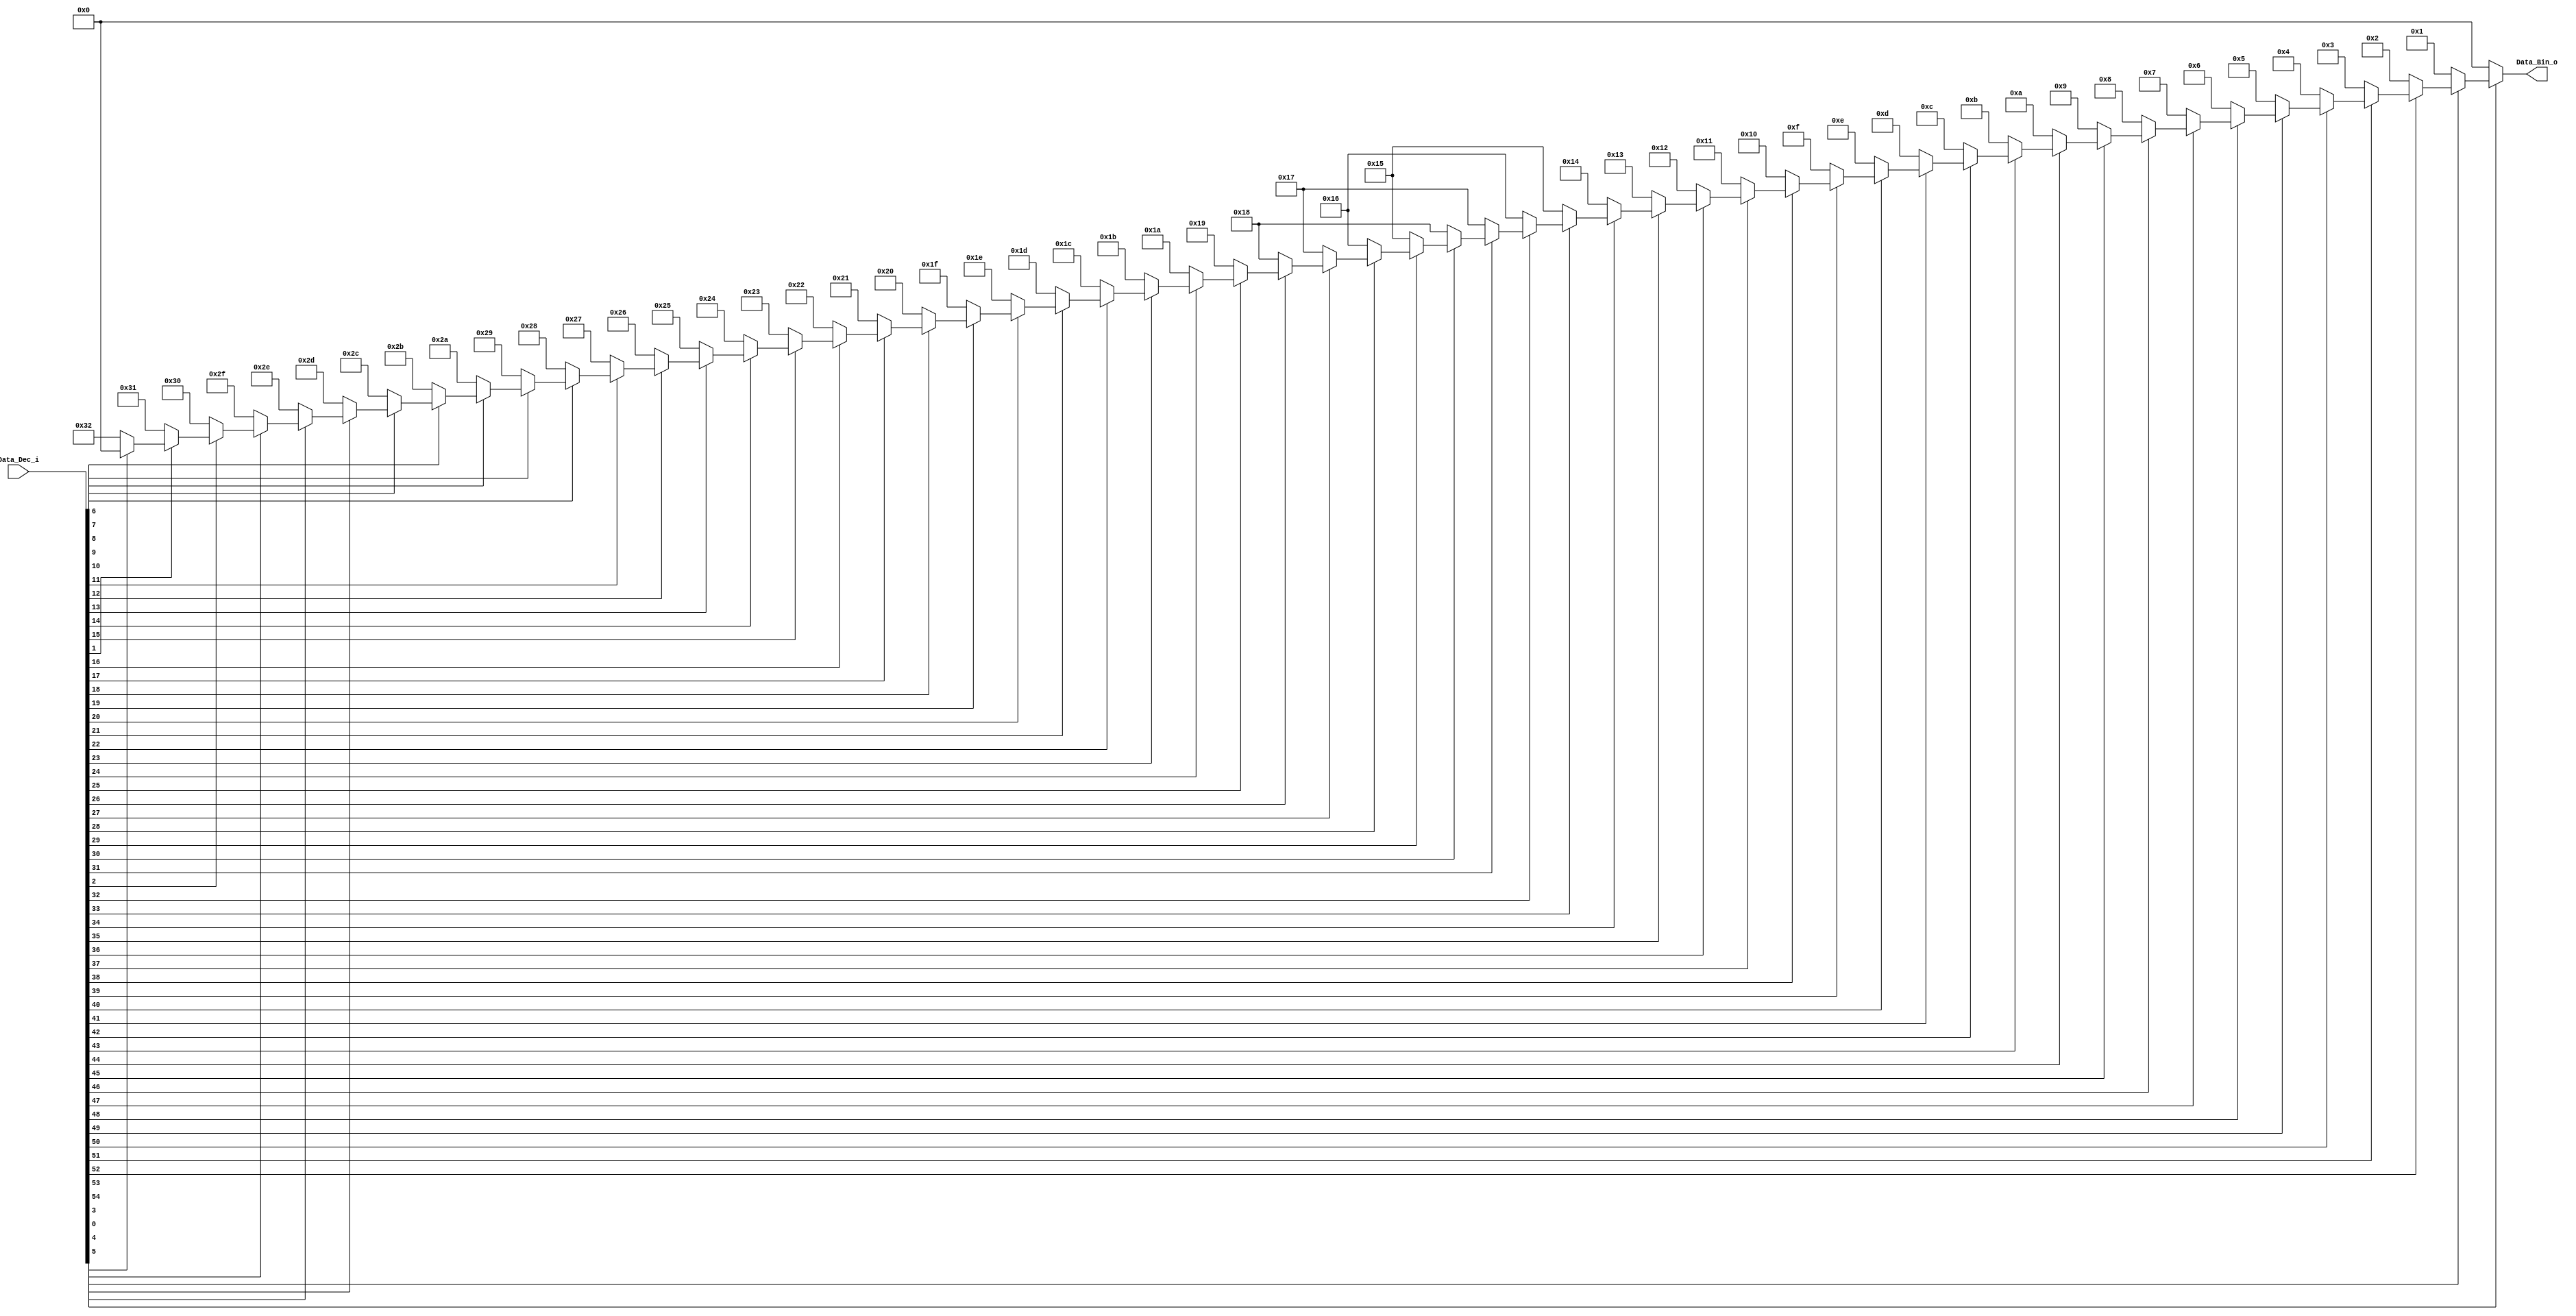
module Priority_Codec_64(
    input wire [54:0]  Data_Dec_i,
    output reg [5:0] Data_Bin_o
    );

always @(Data_Dec_i)
	begin
	Data_Bin_o=6'b000000;
		if(~Data_Dec_i[54]) begin Data_Bin_o = 6'b000000;//0
		end else if(~Data_Dec_i[53]) begin Data_Bin_o = 6'b000001;//1
		end else if(~Data_Dec_i[52]) begin Data_Bin_o = 6'b000010;//2
		end else if(~Data_Dec_i[51]) begin Data_Bin_o = 6'b000011;//3
		end else if(~Data_Dec_i[50]) begin Data_Bin_o = 6'b000100;//4
		end else if(~Data_Dec_i[49]) begin Data_Bin_o = 6'b000101;//5
		end else if(~Data_Dec_i[48]) begin Data_Bin_o = 6'b000110;//6
		end else if(~Data_Dec_i[47]) begin Data_Bin_o = 6'b000111;//7
		end else if(~Data_Dec_i[46]) begin Data_Bin_o = 6'b001000;//8
		end else if(~Data_Dec_i[45]) begin Data_Bin_o = 6'b001001;//9
		end else if(~Data_Dec_i[44]) begin Data_Bin_o = 6'b001010;//10
		end else if(~Data_Dec_i[43]) begin Data_Bin_o = 6'b001011;//11
		end else if(~Data_Dec_i[42]) begin Data_Bin_o = 6'b001100;//12
		end else if(~Data_Dec_i[41]) begin Data_Bin_o = 6'b001101;//13
		end else if(~Data_Dec_i[40]) begin Data_Bin_o = 6'b001110;//14
		end else if(~Data_Dec_i[39]) begin Data_Bin_o = 6'b001111;//15
		end else if(~Data_Dec_i[38]) begin Data_Bin_o = 6'b010000;//16
		end else if(~Data_Dec_i[37]) begin Data_Bin_o = 6'b010001;//17
		end else if(~Data_Dec_i[36]) begin Data_Bin_o = 6'b010010;//18
		end else if(~Data_Dec_i[35]) begin Data_Bin_o = 6'b010011;//19
		end else if(~Data_Dec_i[34]) begin Data_Bin_o = 6'b010100;//20
		end else if(~Data_Dec_i[33]) begin Data_Bin_o = 6'b010101;//21
		end else if(~Data_Dec_i[32]) begin Data_Bin_o = 6'b010110;//22
		end else if(~Data_Dec_i[31]) begin Data_Bin_o = 6'b010111;//23
		end else if(~Data_Dec_i[30]) begin Data_Bin_o = 6'b011000;//24
		end else if(~Data_Dec_i[29]) begin Data_Bin_o = 6'b010101;//25
		end else if(~Data_Dec_i[28]) begin Data_Bin_o = 6'b010110;//26
		end else if(~Data_Dec_i[27]) begin Data_Bin_o = 6'b010111;//27
		end else if(~Data_Dec_i[26]) begin Data_Bin_o = 6'b011000;//28
		end else if(~Data_Dec_i[25]) begin Data_Bin_o = 6'b011001;//29
		end else if(~Data_Dec_i[24]) begin Data_Bin_o = 6'b011010;//30
		end else if(~Data_Dec_i[23]) begin Data_Bin_o = 6'b011011;//31
		end else if(~Data_Dec_i[22]) begin Data_Bin_o = 6'b011100;//32
		end else if(~Data_Dec_i[21]) begin Data_Bin_o = 6'b011101;//33
		end else if(~Data_Dec_i[20]) begin Data_Bin_o = 6'b011110;//34
		end else if(~Data_Dec_i[19]) begin Data_Bin_o = 6'b011111;//35
		end else if(~Data_Dec_i[18]) begin Data_Bin_o = 6'b100000;//36
		end else if(~Data_Dec_i[17]) begin Data_Bin_o = 6'b100001;//37
		end else if(~Data_Dec_i[16]) begin Data_Bin_o = 6'b100010;//38
		end else if(~Data_Dec_i[15]) begin Data_Bin_o = 6'b100011;//39
		end else if(~Data_Dec_i[14]) begin Data_Bin_o = 6'b100100;//40
		end else if(~Data_Dec_i[13]) begin Data_Bin_o = 6'b100101;//41
		end else if(~Data_Dec_i[12]) begin Data_Bin_o = 6'b100110;//42
		end else if(~Data_Dec_i[11]) begin Data_Bin_o = 6'b100111;//43
		end else if(~Data_Dec_i[10]) begin Data_Bin_o = 6'b101000;//44
		end else if(~Data_Dec_i[9]) begin Data_Bin_o = 6'b101001;//45
		end else if(~Data_Dec_i[8]) begin Data_Bin_o = 6'b101010;//46
		end else if(~Data_Dec_i[7]) begin Data_Bin_o = 6'b101011;//47
		end else if(~Data_Dec_i[6]) begin Data_Bin_o = 6'b101100;//48
		end else if(~Data_Dec_i[5]) begin Data_Bin_o = 6'b101101;//49
		end else if(~Data_Dec_i[4]) begin Data_Bin_o = 6'b101110;//50
		end else if(~Data_Dec_i[3]) begin Data_Bin_o = 6'b101111;//51
		end else if(~Data_Dec_i[2]) begin Data_Bin_o = 6'b110000;//52
		end else if(~Data_Dec_i[1]) begin Data_Bin_o = 6'b110001;//53
		end else if(~Data_Dec_i[0]) begin Data_Bin_o = 6'b110010;//54
		end else begin Data_Bin_o = 6'b000000;//zero value
		end		
	end
endmodule